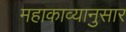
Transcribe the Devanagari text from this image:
महाकाव्यानुसार